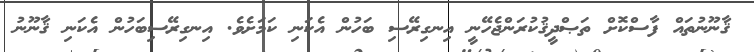
ޤާނޫނުތައް ފާސްކޮށް ތަޞްދީޤުކުރަންޖެހޭނީ އިނގިރޭސި ބަހުން އެކަނި ކަމަށެވެ. އިނގިރޭސިބަހުން އެކަނި ޤާނޫނު